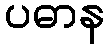
ပဓာန